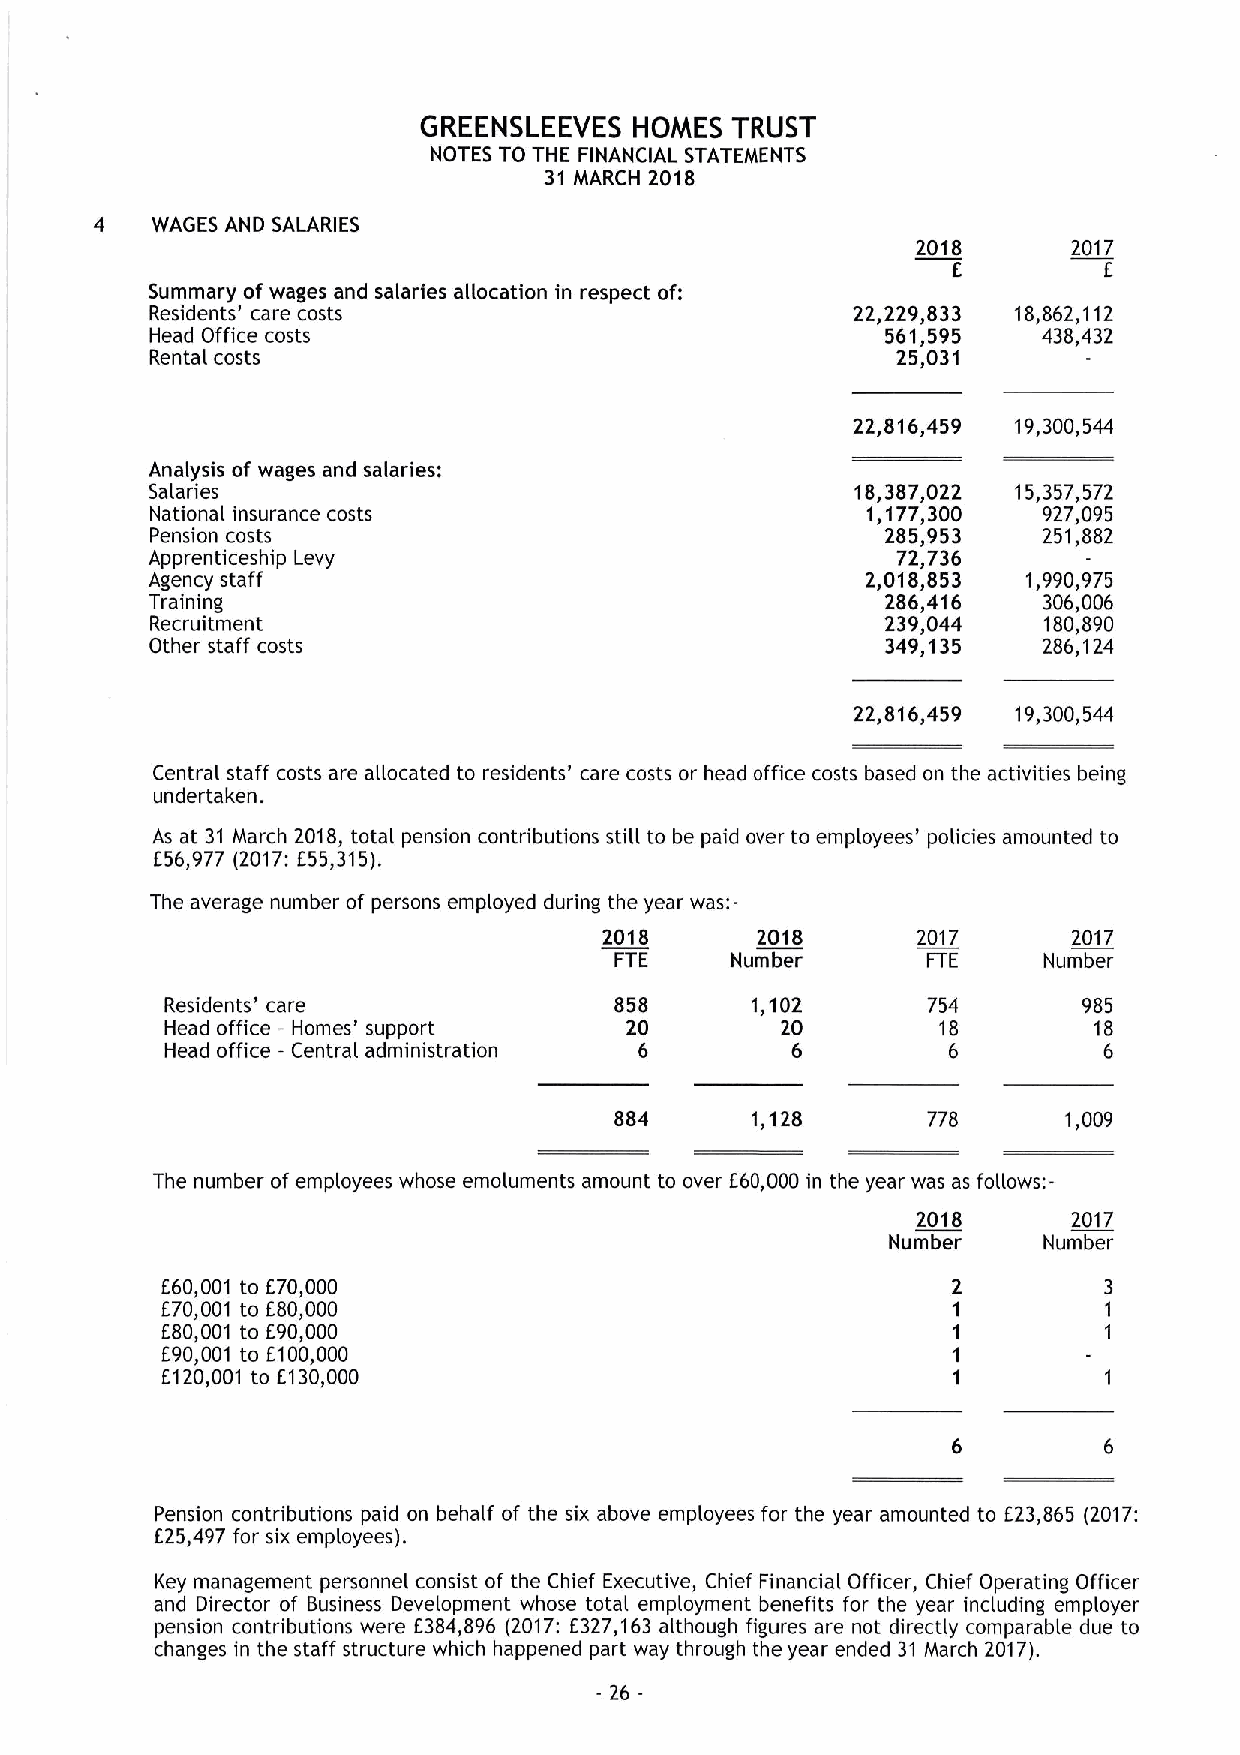
GREENSLEEVES  HOMES TRUST
 NOTES TO THE FINANCIAL STATEMENTS
 31 MARCH 2018
 4   WAGES AND SALARIES
 2018      2017
 E         E
 Summary ofwages and salaries allocation in respect of:
 Residents' care costs                          22,229,833 18,862,112
 Head Office costs                                561,595   438,432
 Rental costs                                     25,031
 22,816,459 19,300,544
 Analysis of wages and salaries:
 Salaries                                       18,387,022 15,357,572
 National insurance costs                       1,177,300   927,095
 Pension costs                                    285,953   251,882
 Apprenticeship Levy                              72,736
 Agency staff                                   2,018,853  1,990,975
 Training                                         286,416   306,006
 Recruitment                                      239,044   180,890
 Other staff costs                                349,135   286,124
 22,816,459 19,300,544
 Central staff costs are aRocated to residents' care costs or head office costs based on the activities being
 undertaken.
 As at 31 March 2018, total pension contributions still to be paid over to employees' policies amounted to
 E56,977 (2017:E55,315).
 The average number of persons employed during the year was:-
 2018      2018       2017      2017
 FTE    Number       FTE     Number
 Residents' care               858      1,102      754        985
 Head office —Homes' support   20         20        18        18
 Head office —Central administration 6    6          6         6
 884      1,128      778       1,009
 The number of employees whose emoluments amount to over E60,000 in the year was as follows:-
 2018      2017
 Number    Number
 E60,001 to E70,000
 E70,001 to E80,000
 E80,001 to E90,000
 E90,001 to E100,000
 E120,001 to E130,000
 Pension contributions paid on behalf of the six above employees for the year amounted to E23,865 (2017:
 E25,497 for six employees).
 Key management personnel consist of the Chief Executive, Chief Financial Officer, Chief Operating Officer
 and Director of Business Development whose total employment benefits for the year including employer
 pension contributions were E384,896 (2017: E327,163although figures are not directly comparable due to
 changes in the staff structure which happened part way through the year ended 31 March 2017).
 - 26